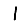
Digit: 1